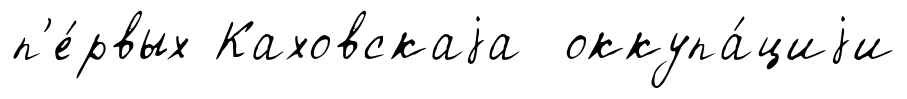
п'е́рвых Каховскаjа оккупа́циjи